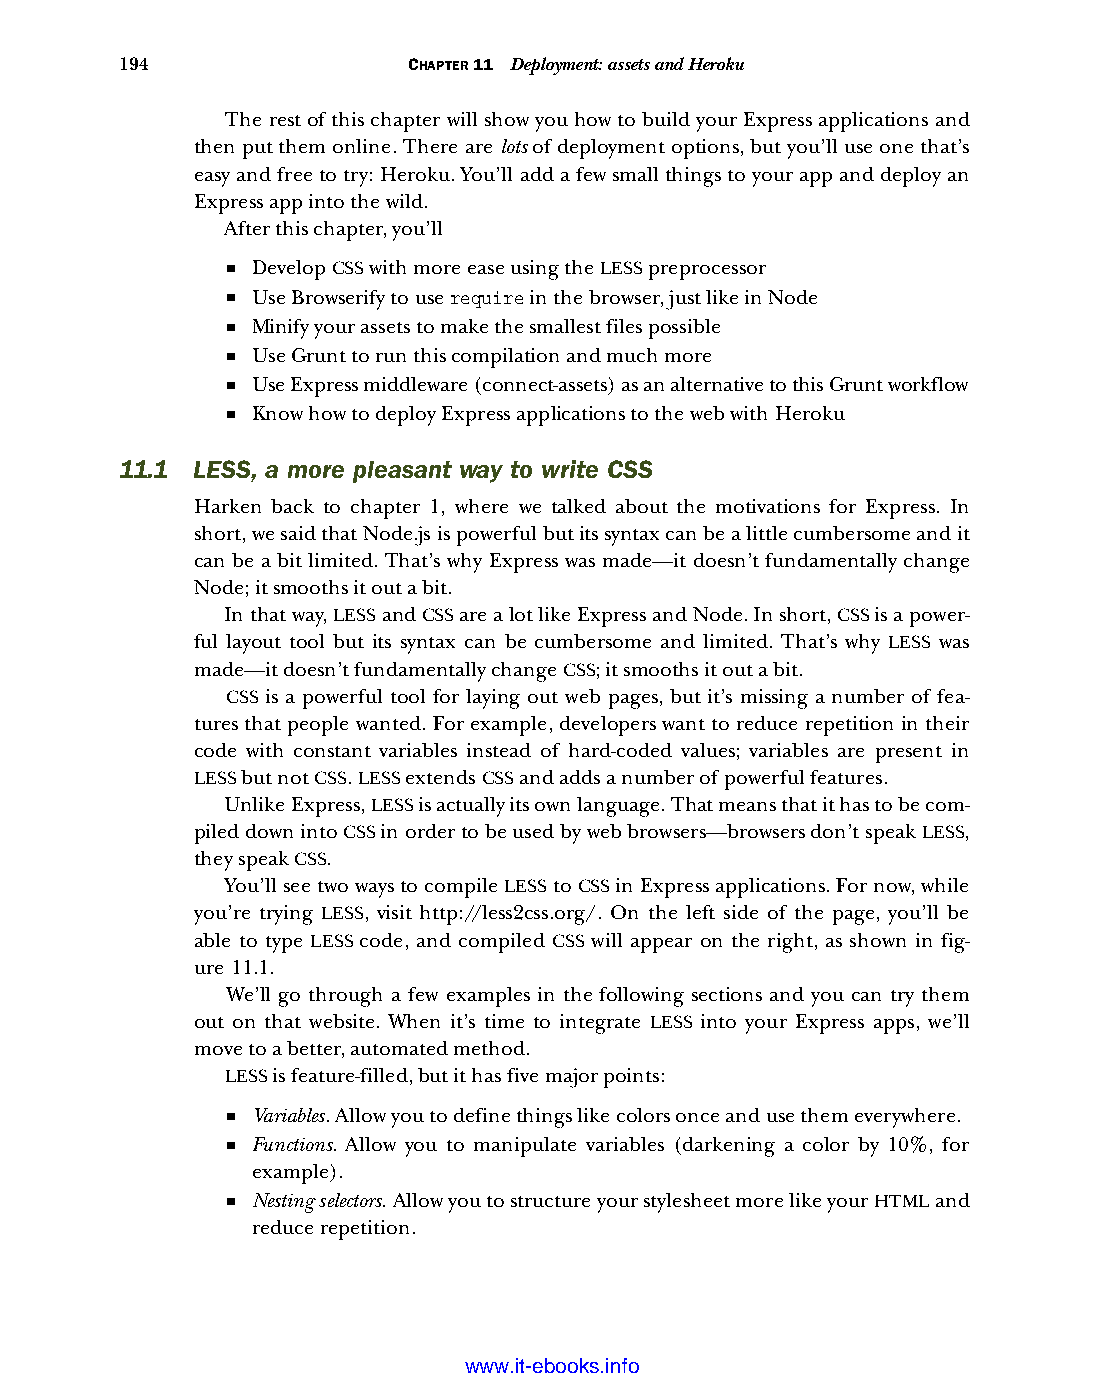
194                CHAPTER 11 Deployment: assets and Heroku
 The rest of this chapter will show you how to build your Express applications and
 then put them online. There are lots of deployment options, but you’ll use one that’s
 easy and free to try: Heroku. You’ll add a few small things to your app and deploy an
 Express app into the wild.
 After this chapter, you’ll
 ■ Develop CSS with more ease using the LESS preprocessor
 ■ Use Browserify to use require in the browser, just like in Node
 ■ Minify your assets to make the smallest files possible
 ■ Use Grunt to run this compilation and much more
 ■ Use Express middleware (connect-assets) as an alternative to this Grunt workflow
 ■ Know how to deploy Express applications to the web with Heroku
 11.1 LESS, a more pleasant way to write CSS
 Harken back to chapter 1, where we talked about the motivations for Express. In
 short, we said that Node.js is powerful but its syntax can be a little cumbersome and it
 can be a bit limited. That’s why Express was made—it doesn’t fundamentally change
 Node; it smooths it out a bit.
 In that way, LESS and CSS are a lot like Express and Node. In short, CSS is a power-
 ful layout tool but its syntax can be cumbersome and limited. That’s why LESS was
 made—it doesn’t fundamentally change CSS; it smooths it out a bit.
 CSS is a powerful tool for laying out web pages, but it’s missing a number of fea-
 tures that people wanted. For example, developers want to reduce repetition in their
 code with constant variables instead of hard-coded values; variables are present in
 LESS but not CSS. LESS extends CSS and adds a number of powerful features.
 Unlike Express, LESS is actually its own language. That means that it has to be com-
 piled down into CSS in order to be used by web browsers—browsers don’t speak LESS,
 they speak CSS.
 You’ll see two ways to compile LESS to CSS in Express applications. For now, while
 you’re trying LESS, visit http://less2css.org/. On the left side of the page, you’ll be
 able to type LESS code, and compiled CSS will appear on the right, as shown in fig-
 ure 11.1.
 We’ll go through a few examples in the following sections and you can try them
 out on that website. When it’s time to integrate LESS into your Express apps, we’ll
 move to a better, automated method.
 LESS is feature-filled, but it has five major points:
 ■ Variables. Allow you to define things like colors once and use them everywhere.
 ■ Functions. Allow you to manipulate variables (darkening a color by 10%, for
 example).
 ■ Nesting selectors. Allow you to structure your stylesheet more like your HTML and
 reduce repetition.
 Licensed wtow w <.mit-ielebro.8o8k8s@.ingfomail.com>